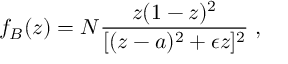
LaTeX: f _ { B } ( z ) = N \frac { z ( 1 - z ) ^ { 2 } } { [ ( z - a ) ^ { 2 } + \epsilon z ] ^ { 2 } } \; ,